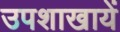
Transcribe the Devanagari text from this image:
उपशाखायें